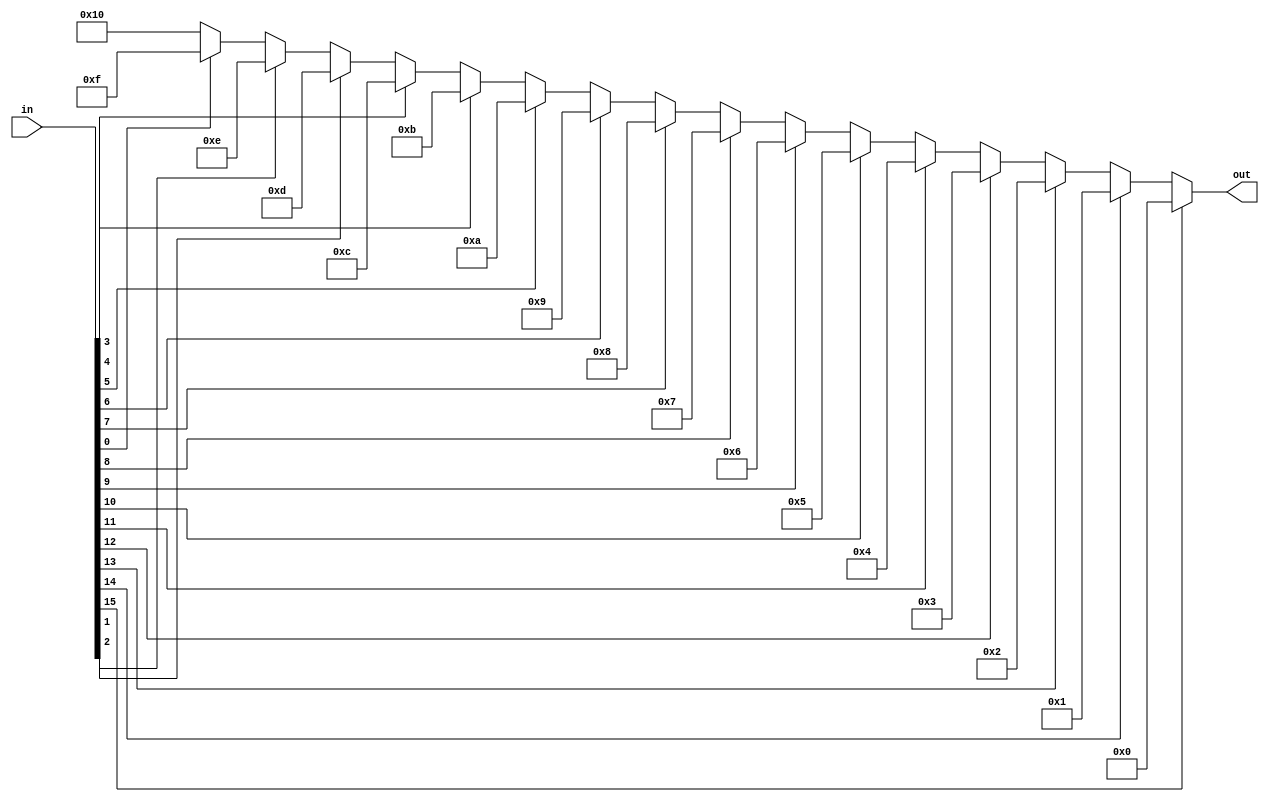
module count_zero(input [15:0] in, output [4:0] out);

reg [4:0] out;

always@(*)
begin
    if (in[15])
        out = 0;
    else if (in[14])
        out = 1 ;
    else if (in[13])
        out = 2 ;
    else if (in[12])
        out = 3 ;
    else if (in[11])
        out = 4 ;
    else if (in[10])
        out = 5 ;
    else if (in[9])
        out  = 6 ;
    else if (in[8])
        out  = 7 ;
    else if (in[7])
        out  = 8 ;
    else if (in[6])
        out  = 9 ;
    else if (in[5])
        out  = 10;
    else if (in[4])
        out  = 11;
    else if (in[3])
        out  = 12;
    else if (in[2])
        out  = 13;
    else if (in[1])
        out  = 14;
    else if (in[0])
        out  = 15;
    else
        out = 16;
end
endmodule